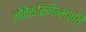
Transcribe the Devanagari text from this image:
लोकेऽस्मिन्भवति